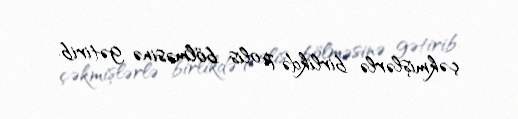
çəkmişlərlə birlikdə polis bölməsinə gətirib.